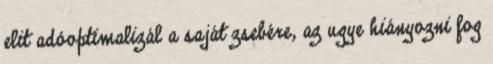
elit adóoptimalizál a saját zsebére, az ugye hiányozni fog